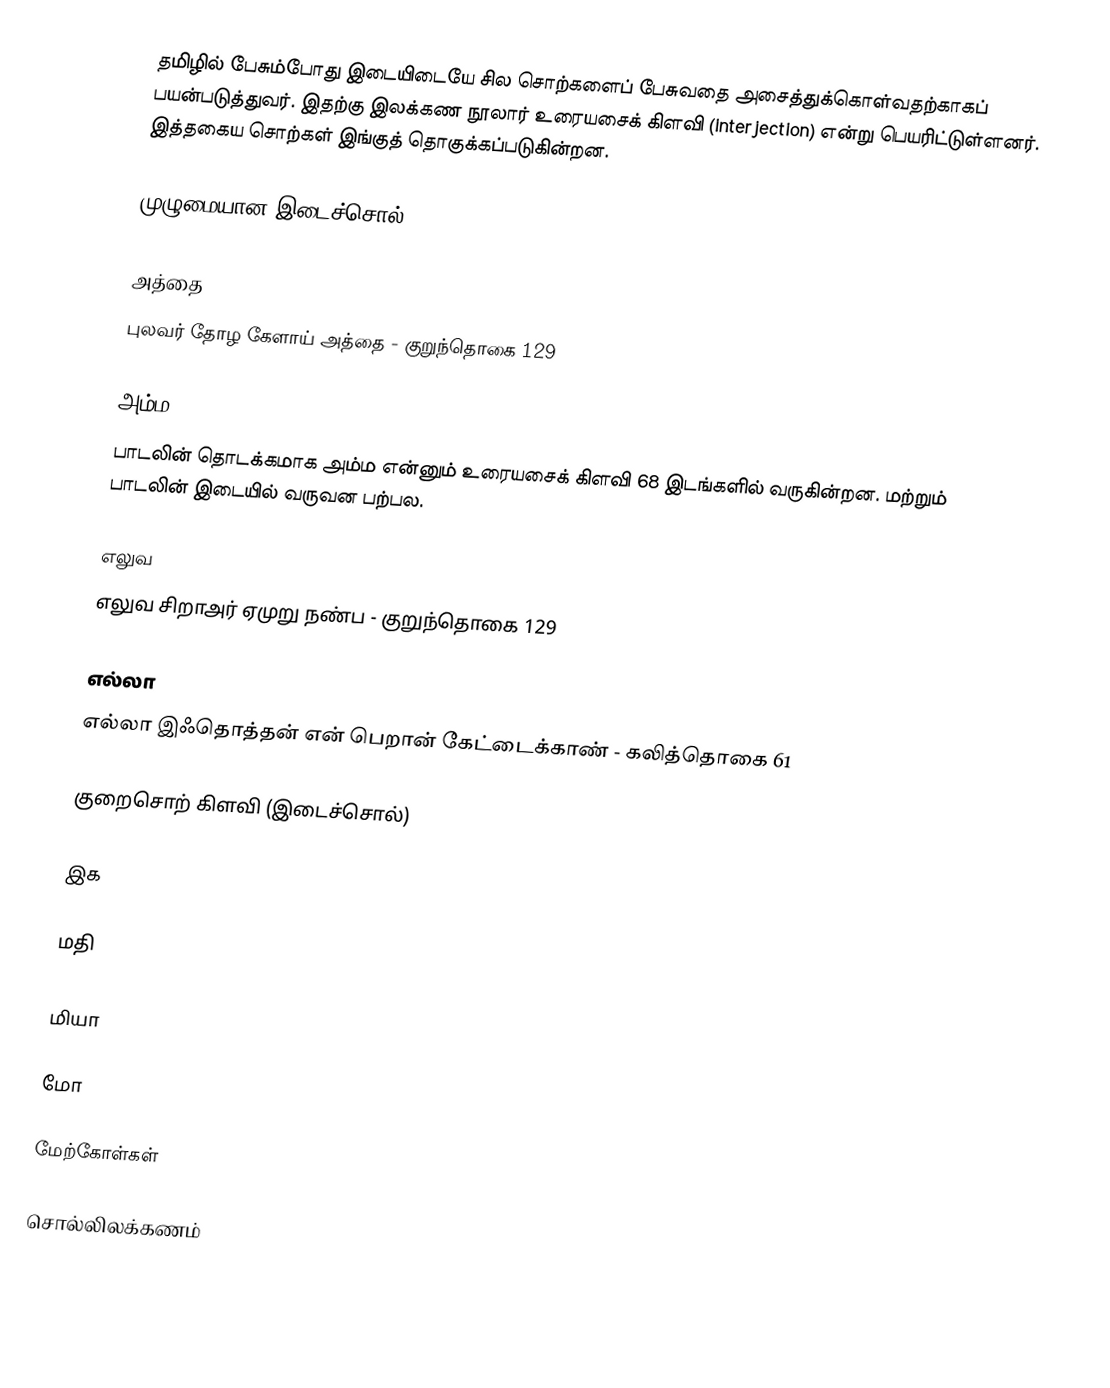
தமிழில் பேசும்போது இடையிடையே சில சொற்களைப் பேசுவதை அசைத்துக்கொள்வதற்காகப் பயன்படுத்துவர். இதற்கு இலக்கண நூலார் உரையசைக் கிளவி (interjection) என்று பெயரிட்டுள்ளனர். இத்தகைய சொற்கள் இங்குத் தொகுக்கப்படுகின்றன.

முழுமையான இடைச்சொல்

அத்தை
புலவர் தோழ கேளாய் அத்தை - குறுந்தொகை 129

அம்ம
பாடலின் தொடக்கமாக அம்ம என்னும் உரையசைக் கிளவி 68 இடங்களில் வருகின்றன. மற்றும் பாடலின் இடையில் வருவன பற்பல.

எலுவ
எலுவ சிறாஅர் ஏமுறு நண்ப - குறுந்தொகை 129

எல்லா
எல்லா இஃதொத்தன் என் பெறான் கேட்டைக்காண் - கலித்தொகை 61

குறைசொற் கிளவி (இடைச்சொல்)

இக

மதி

மியா

மோ

மேற்கோள்கள்

சொல்லிலக்கணம்